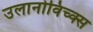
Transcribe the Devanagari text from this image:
उलानोविच्क्स